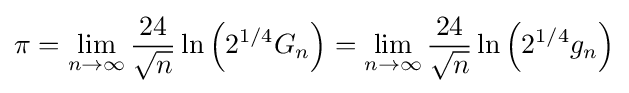
\pi =\lim _{n\to \infty }{\frac {24}{\sqrt {n}}}\ln \left(2^{1/4}G_{n}\right)=\lim _{n\to \infty }{\frac {24}{\sqrt {n}}}\ln \left(2^{1/4}g_{n}\right)